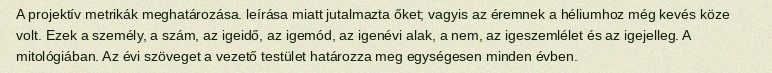
A projektív metrikák meghatározása. leírása miatt jutalmazta őket; vagyis az éremnek a héliumhoz még kevés köze volt. Ezek a személy, a szám, az igeidő, az igemód, az igenévi alak, a nem, az igeszemlélet és az igejelleg. A mitológiában. Az évi szöveget a vezető testület határozza meg egységesen minden évben.